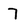
Character: 7